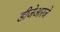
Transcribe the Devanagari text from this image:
डीजेआरजे